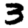
Digit: 3